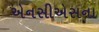
એનસીએસના